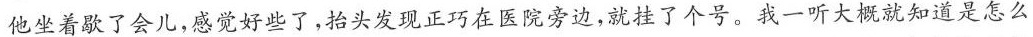
他坐着歇了会儿，感觉好些了，抬头发现正巧在医院旁边，就挂了个号。我一听大概就知道是怎么